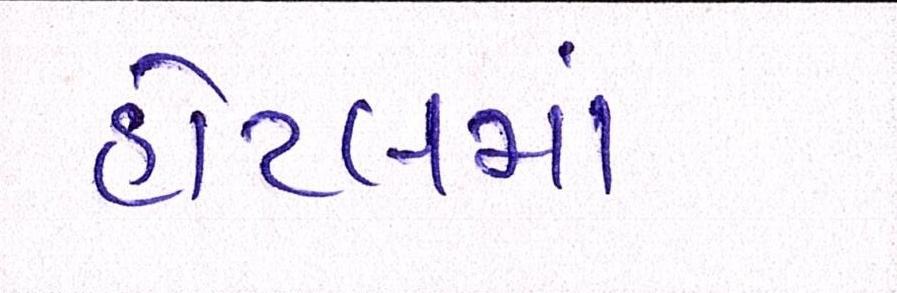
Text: હોટલમાં